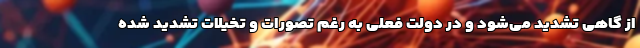
از گاهی تشدید می‌شود و در دولت فعلی به رغم تصورات و تخیلات تشدید شده